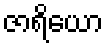
ဇာရိယော